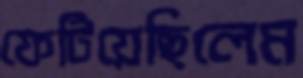
ফেটিয়েছিলেম